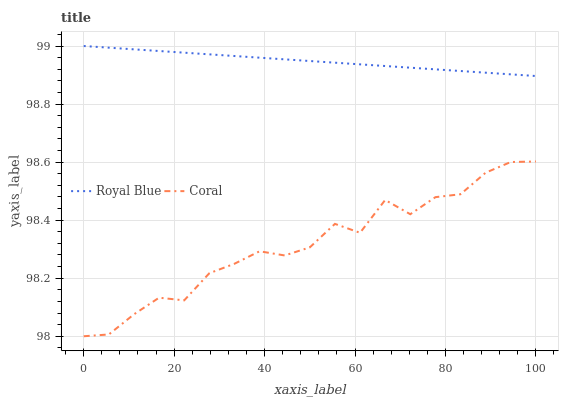
| xaxis_label | Royal Blue | Coral |
 | --- | --- | --- |
 | 0 | 99 | 98 |
 | 5.56 | 99 | 98 |
 | 11.1 | 99 | 98.1 |
 | 16.7 | 99 | 98.1 |
 | 22.2 | 99 | 98.1 |
 | 27.8 | 99 | 98.2 |
 | 33.3 | 99 | 98.2 |
 | 38.9 | 99 | 98.3 |
 | 44.4 | 99 | 98.3 |
 | 50 | 98.9 | 98.3 |
 | 55.6 | 98.9 | 98.4 |
 | 61.1 | 98.9 | 98.4 |
 | 66.7 | 98.9 | 98.5 |
 | 72.2 | 98.9 | 98.4 |
 | 77.8 | 98.9 | 98.5 |
 | 83.3 | 98.9 | 98.5 |
 | 88.9 | 98.9 | 98.6 |
 | 94.4 | 98.9 | 98.6 |
 | 100 | 98.9 | 98.6 |